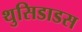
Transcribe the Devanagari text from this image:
थुसिडाडस